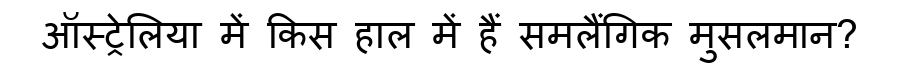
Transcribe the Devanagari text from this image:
ऑस्ट्रेलिया में किस हाल में हैं समलैंगिक मुसलमान?